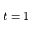
t = 1